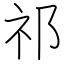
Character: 祁